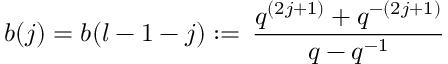
b ( j ) = b ( l - 1 - j ) : = \, \frac { q ^ { ( 2 j + 1 ) } + q ^ { - ( 2 j + 1 ) } } { q - q ^ { - 1 } }